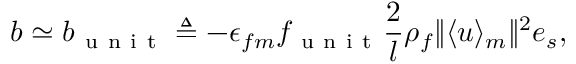
\boldsymbol { b } \simeq \boldsymbol { b } _ { \mathrm { ~ u ~ n ~ i ~ t ~ } } \triangleq - \epsilon _ { f m } f _ { \mathrm { ~ u ~ n ~ i ~ t ~ } } \frac { 2 } { l } \rho _ { f } \Vert \langle \boldsymbol { u } \rangle _ { m } \Vert ^ { 2 } \boldsymbol { e } _ { s } ,